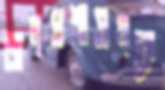
জনপ্রশাসনকে